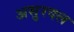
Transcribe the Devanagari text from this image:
असुरदल